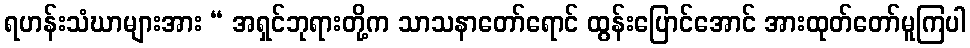
ရဟန်းသံဃာများအား “ အရှင်ဘုရားတို့က သာသနာတော်ရောင် ထွန်းပြောင်အောင် အားထုတ်တော်မူကြပါ